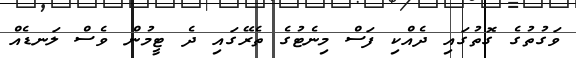
ވަގުތުގެ ގޮތުގައި ދެއްކި ފަސް މިނެޓުގެ ތެރޭގައި ދެ ޓީމުން ވެސް ލަނޑެއް